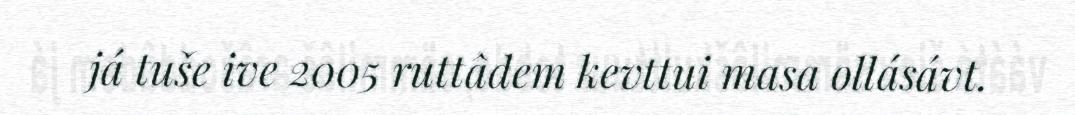
já tuše ive 2005 ruttâdem kevttui masa ollásávt.